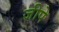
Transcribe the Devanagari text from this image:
जीपे